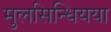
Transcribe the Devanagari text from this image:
मुलसिन्धियया